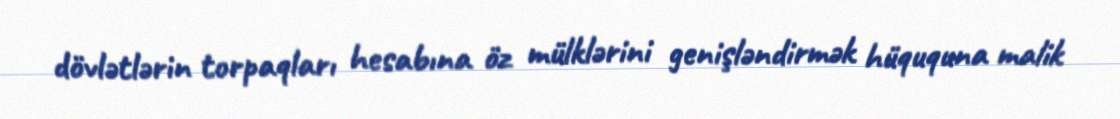
dövlətlərin torpaqları hesabına öz mülklərini genişləndirmək hüququna malik